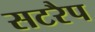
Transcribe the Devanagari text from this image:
सटरैप